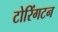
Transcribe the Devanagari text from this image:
टोरिंगटन